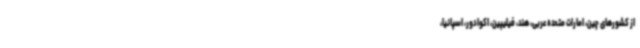
از کشورهای چین، امارات متحده عربی، هند، فیلیپین، اکوادور، اسپانیا،